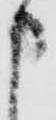
申